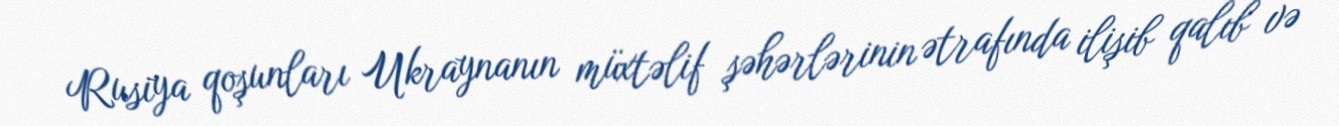
Rusiya qoşunları Ukraynanın müxtəlif şəhərlərinin ətrafında ilişib qalıb və